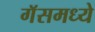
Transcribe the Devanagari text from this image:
गॅसमध्ये